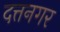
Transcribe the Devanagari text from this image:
दत्तनगर